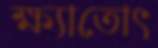
ক্ষ্যাতোৎ